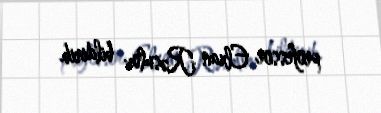
professor Elxan Rəsulov bildirib.